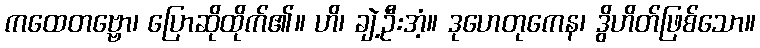
ကထေတဗ္ဗော၊ ပြောဆိုထိုက်၏။ ဟိ၊ ချဲ့ဦးအံ့။ ဒုဟေတုကေန၊ ဒွိဟိတ်ဖြစ်သော။